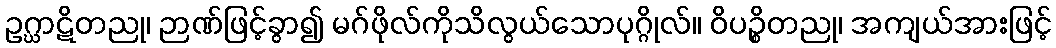
ဥဂ္ဃာဋိတညု၊ ဉာဏ်ဖြင့်ခွာ၍ မဂ်ဖိုလ်ကိုသိလွယ်သောပုဂ္ဂိုလ်။ ဝိပဉ္စိတညု၊ အကျယ်အားဖြင့်